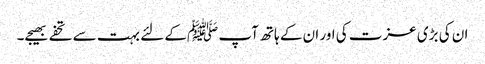
ان کی بڑی عزت کی اور ان کے ہاتھ آپ ﷺکے لئے بہت سے تحفے بھیجے۔